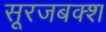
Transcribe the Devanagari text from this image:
सूरजबक्श